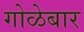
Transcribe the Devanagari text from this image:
गोळेबार